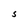
Character: s